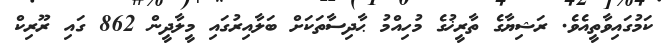
ކަމުގައިވާތީއެވެ. ރަޝިޔާގެ ތާރީޚުގެ މުހިއްމު ޙާދިސާތަކަށް ބަލާއިރުގައި މީލާދީން 862 ގައި ރޫރިކް